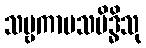
သဗ္ဗကာမသမိဒ္ဓိသု